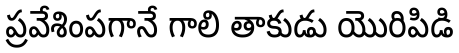
ప్రవేశింపగానే గాలి తాకుడు యొరిపిడి